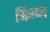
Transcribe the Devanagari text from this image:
मिरणा